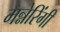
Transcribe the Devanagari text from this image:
मन्नेरिंगी